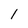
Character: 1